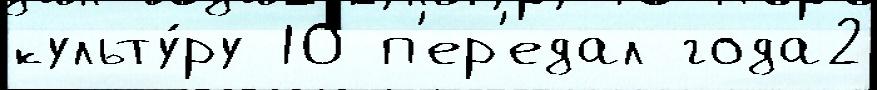
культу́ру 10 п'ер'едал года2